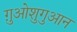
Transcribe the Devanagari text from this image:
ग़ुओशुगुआन